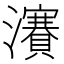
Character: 𱪎